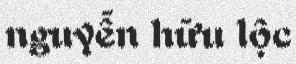
nguyễn hữu lộc